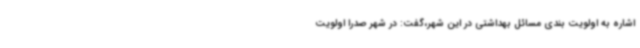
اشاره به اولویت بندی مسائل بهداشتی در این شهر،گفت: در شهر صدرا اولویت